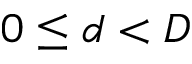
0 \leq d < D